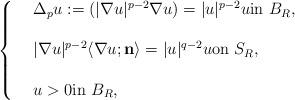
LaTeX: \begin{align*}\left\{\begin{array}{lll}&\Delta_p u := (|\nabla u|^{p-2} \nabla u) = |u|^{p-2}u \mbox{in } B_R, \\\\&|\nabla u|^{p-2} \langle\nabla u; {\bf n} \rangle = |u|^{q-2}u \mbox{on } S_R,\\\\& u>0 \mbox{in } B_R,\\\end{array}\right.\end{align*}